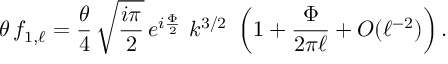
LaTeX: \theta \, f _ { 1 , \ell } = \frac { \theta } { 4 } \, \sqrt { \frac { i \pi } { 2 } } \, e ^ { i \frac { \Phi } { 2 } } \, \, k ^ { 3 / 2 } \, \, \left( 1 + \frac { \Phi } { 2 \pi \ell } + { \cal O } ( \ell ^ { - 2 } ) \right) .